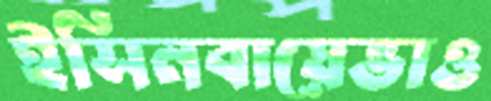
ইসিনবায়েভাও